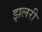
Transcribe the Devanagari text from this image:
झलरी